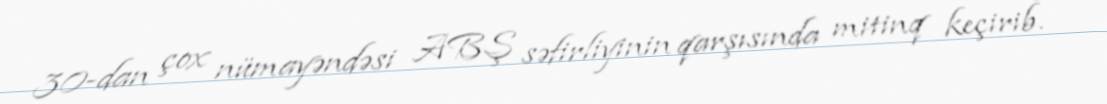
30-dan çox nümayəndəsi ABŞ səfirliyinin qarşısında mitinq keçirib.